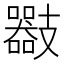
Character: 𢻪